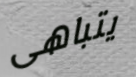
يتباهى